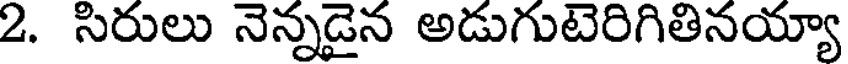
2. సిరులు నెన్నడైన అడుగుటెరిగితినయ్యా